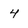
Character: 4